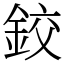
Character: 鉸